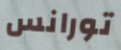
تورانس